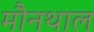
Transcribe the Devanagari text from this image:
मौनथाल